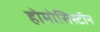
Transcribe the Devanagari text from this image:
होमोसिस्टीन